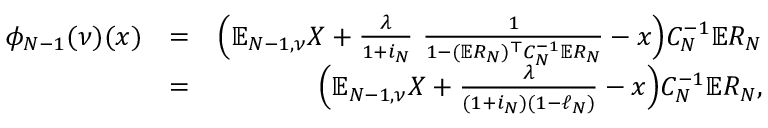
\begin{array} { r l r } { \phi _ { N - 1 } ( \nu ) ( x ) } & { = } & { \Big ( \mathbb { E } _ { N - 1 , \nu } X + \frac \lambda { 1 + i _ { N } } \ \frac { 1 } { 1 - ( \mathbb { E } R _ { N } ) ^ { \top } C _ { N } ^ { - 1 } \mathbb { E } R _ { N } } - x \Big ) C _ { N } ^ { - 1 } \mathbb { E } R _ { N } } \\ & { = } & { \Big ( \mathbb { E } _ { N - 1 , \nu } X + \frac \lambda { ( 1 + i _ { N } ) ( 1 - \ell _ { N } ) } - x \Big ) C _ { N } ^ { - 1 } \mathbb { E } R _ { N } , } \end{array}